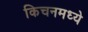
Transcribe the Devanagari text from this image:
किचनमध्ये